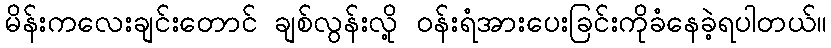
မိန်းကလေးချင်းတောင် ချစ်လွန်းလို့ ဝန်းရံအားပေးခြင်းကိုခံနေခဲ့ရပါတယ်။